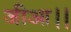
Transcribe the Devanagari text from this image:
जीआ।।